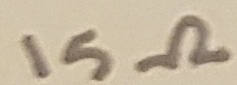
Text: 15Ω